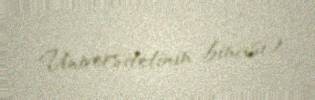
Universitetinin binası).